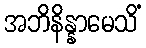
အဘိနိန္နာမေသိံ